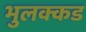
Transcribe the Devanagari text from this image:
भुलक्कड